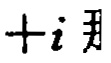
$+i 刂$